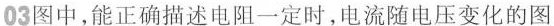
03图中，能正确描述电阻一定时，电流随电压变化的图